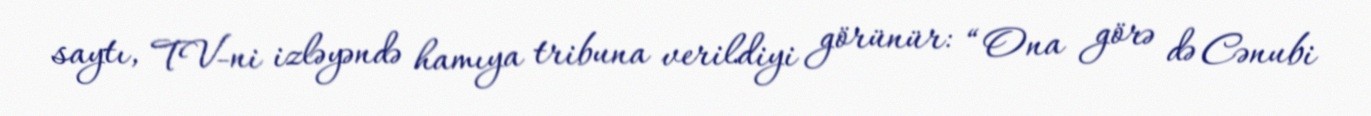
saytı, TV-ni izləyəndə hamıya tribuna verildiyi görünür: “Ona görə də Cənubi